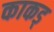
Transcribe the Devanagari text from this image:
काकड्